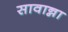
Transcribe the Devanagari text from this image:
सावान्ना